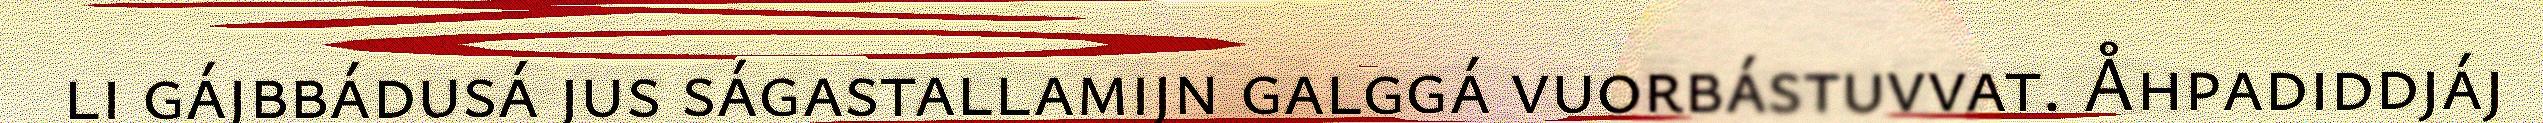
li gájbbádusá jus ságastallamijn galggá vuorbástuvvat. Åhpadiddjáj